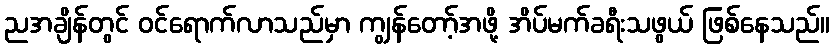
ညအချိန်တွင် ဝင်ရောက်လာသည်မှာ ကျွန်တော့်အဖို့ အိပ်မက်ခရီးသဖွယ် ဖြစ်နေသည်။